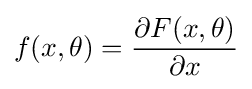
f(x,\theta )={\frac {\partial F(x,\theta )}{\partial x}}